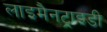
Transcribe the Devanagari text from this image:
लाइमैनट्राइडी